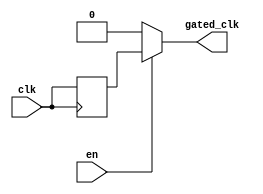
module ClockGatingBuffer (
    input wire clk,          // Primary clock signal
    input wire en,          // Enable signal for clock gating
    output reg gated_clk     // Gated clock output
);

// Internal signal for synchronization
reg clk_d;

always @(posedge clk) begin
    clk_d <= clk;           // Capture the primary clock signal
end

always @* begin
    if (en) begin
        gated_clk = clk_d;  // Pass through the clock when enabled
    end else begin
        gated_clk = 1'b0;    // Hold output low when disabled
    end
end

endmodule